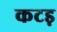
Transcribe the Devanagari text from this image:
कटड़